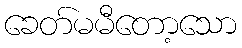
ခေတ်မမီတော့သော